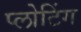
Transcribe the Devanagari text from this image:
प्लोटिंग